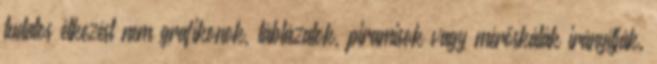
tudatos étkezést nem grafikonok, táblázatok, piramisok vagy mérőskálák irányítják.